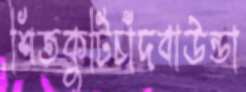
শিতকুটিচাঁদবাউন্ডা